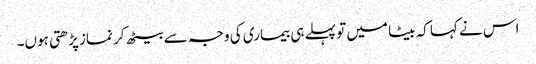
اس نے کہا کہ بیٹا میں تو پہلے ہی بیماری کی وجہ سے بیٹھ کر نماز پڑھتی ہوں۔